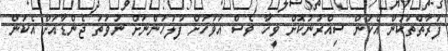
ފަރާތްތަކުން އެކަން ސިއްރުނުކޮށް ވީހާ ވެސް އަވަހަށް ފުލުހުންނަށް ނުވަތަ ޖެންޑާއަށް އެކަން